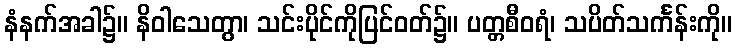
နံနက်အခါ၌။ နိဝါသေတွာ၊ သင်းပိုင်ကိုပြင်ဝတ်၌။ ပတ္တစီဝရံ၊ သပိတ်သင်္ကန်းကို။